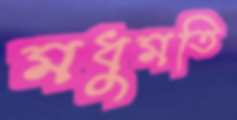
মধুমতি